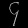
Digit: ၄